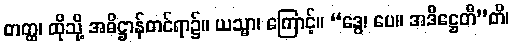
တတ္ထ၊ ထိုသို့ အဓိဋ္ဌာန်တင်ရာ၌။ ယသ္မာ၊ ကြောင့်။ “ဒွေ၊ ပေ။ အဒိဋ္ဌေတီ”တိ၊